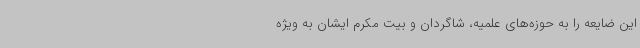
این ضایعه را به حوزه‌های علمیه، شاگردان و بیت مکرم ایشان به ویژه